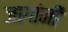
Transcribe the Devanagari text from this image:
जागांनी